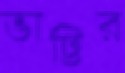
ভাট্টির